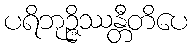
ပရိဘုဉ္ဇိဿန္တီတိပေ